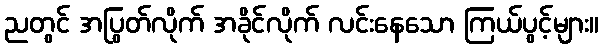
ညတွင် အပြွတ်လိုက် အခိုင်လိုက် လင်းနေသော ကြယ်ပွင့်များ။